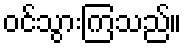
ဝင်သွားကြသည်။